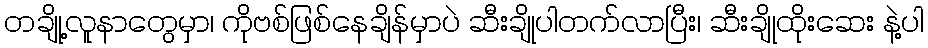
တချို့လူနာတွေမှာ၊ ကိုဗစ်ဖြစ်နေချိန်မှာပဲ ဆီးချိုပါတက်လာပြီး၊ ဆီးချိုထိုးဆေး နဲ့ပါ